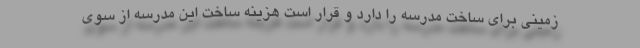
زمینی برای ساخت مدرسه را دارد و قرار است هزینه ساخت این مدرسه از سوی